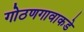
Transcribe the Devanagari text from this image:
गोठणगावाकडे